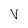
Character: V